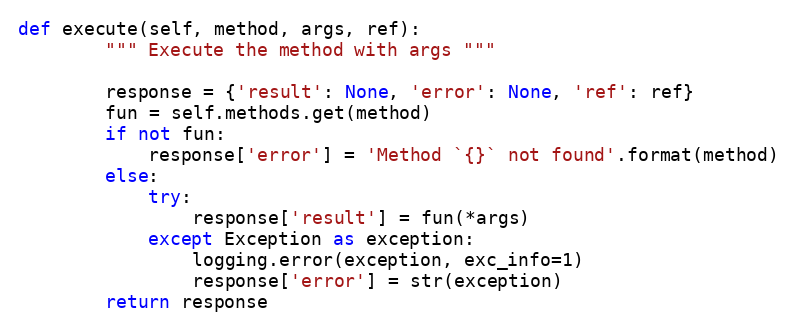
Language: Python
def execute(self, method, args, ref):
        """ Execute the method with args """

        response = {'result': None, 'error': None, 'ref': ref}
        fun = self.methods.get(method)
        if not fun:
            response['error'] = 'Method `{}` not found'.format(method)
        else:
            try:
                response['result'] = fun(*args)
            except Exception as exception:
                logging.error(exception, exc_info=1)
                response['error'] = str(exception)
        return response